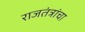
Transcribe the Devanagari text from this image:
राजतंत्रांचा